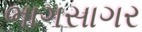
ભાગસાગર